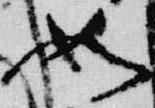
如